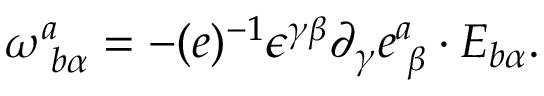
\omega _ { \, \, b \alpha } ^ { a } = - ( e ) ^ { - 1 } \epsilon ^ { \gamma \beta } \partial _ { \gamma } e _ { \, \, \beta } ^ { a } \cdot E _ { b \alpha } .